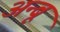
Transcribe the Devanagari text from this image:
अन्बू